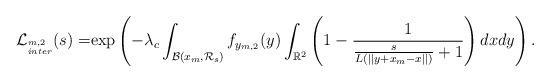
LaTeX: \begin{align*} \mathcal{L}_{^{m,2}_{inter}}(s) =& {\rm exp}\left(-\lambda_{c} \int_{\mathcal{B}(x_m,\mathcal{R}_s)}f_{y_{m,2}} (y) \int_{\mathbb{R}^2} \left(1 - \frac{1}{ \frac{s}{ {L\left(||y +x_m-x||\right)}}+1} \right) dx dy\right).\end{align*}